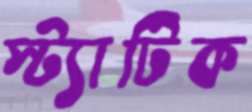
স্ট্যাটিক